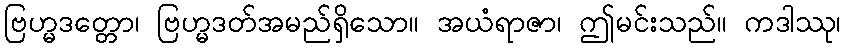
ဗြဟ္မဒတ္တော၊ ဗြဟ္မဒတ်အမည်ရှိသော။ အယံရာဇာ၊ ဤမင်းသည်။ ကဒါဿု၊